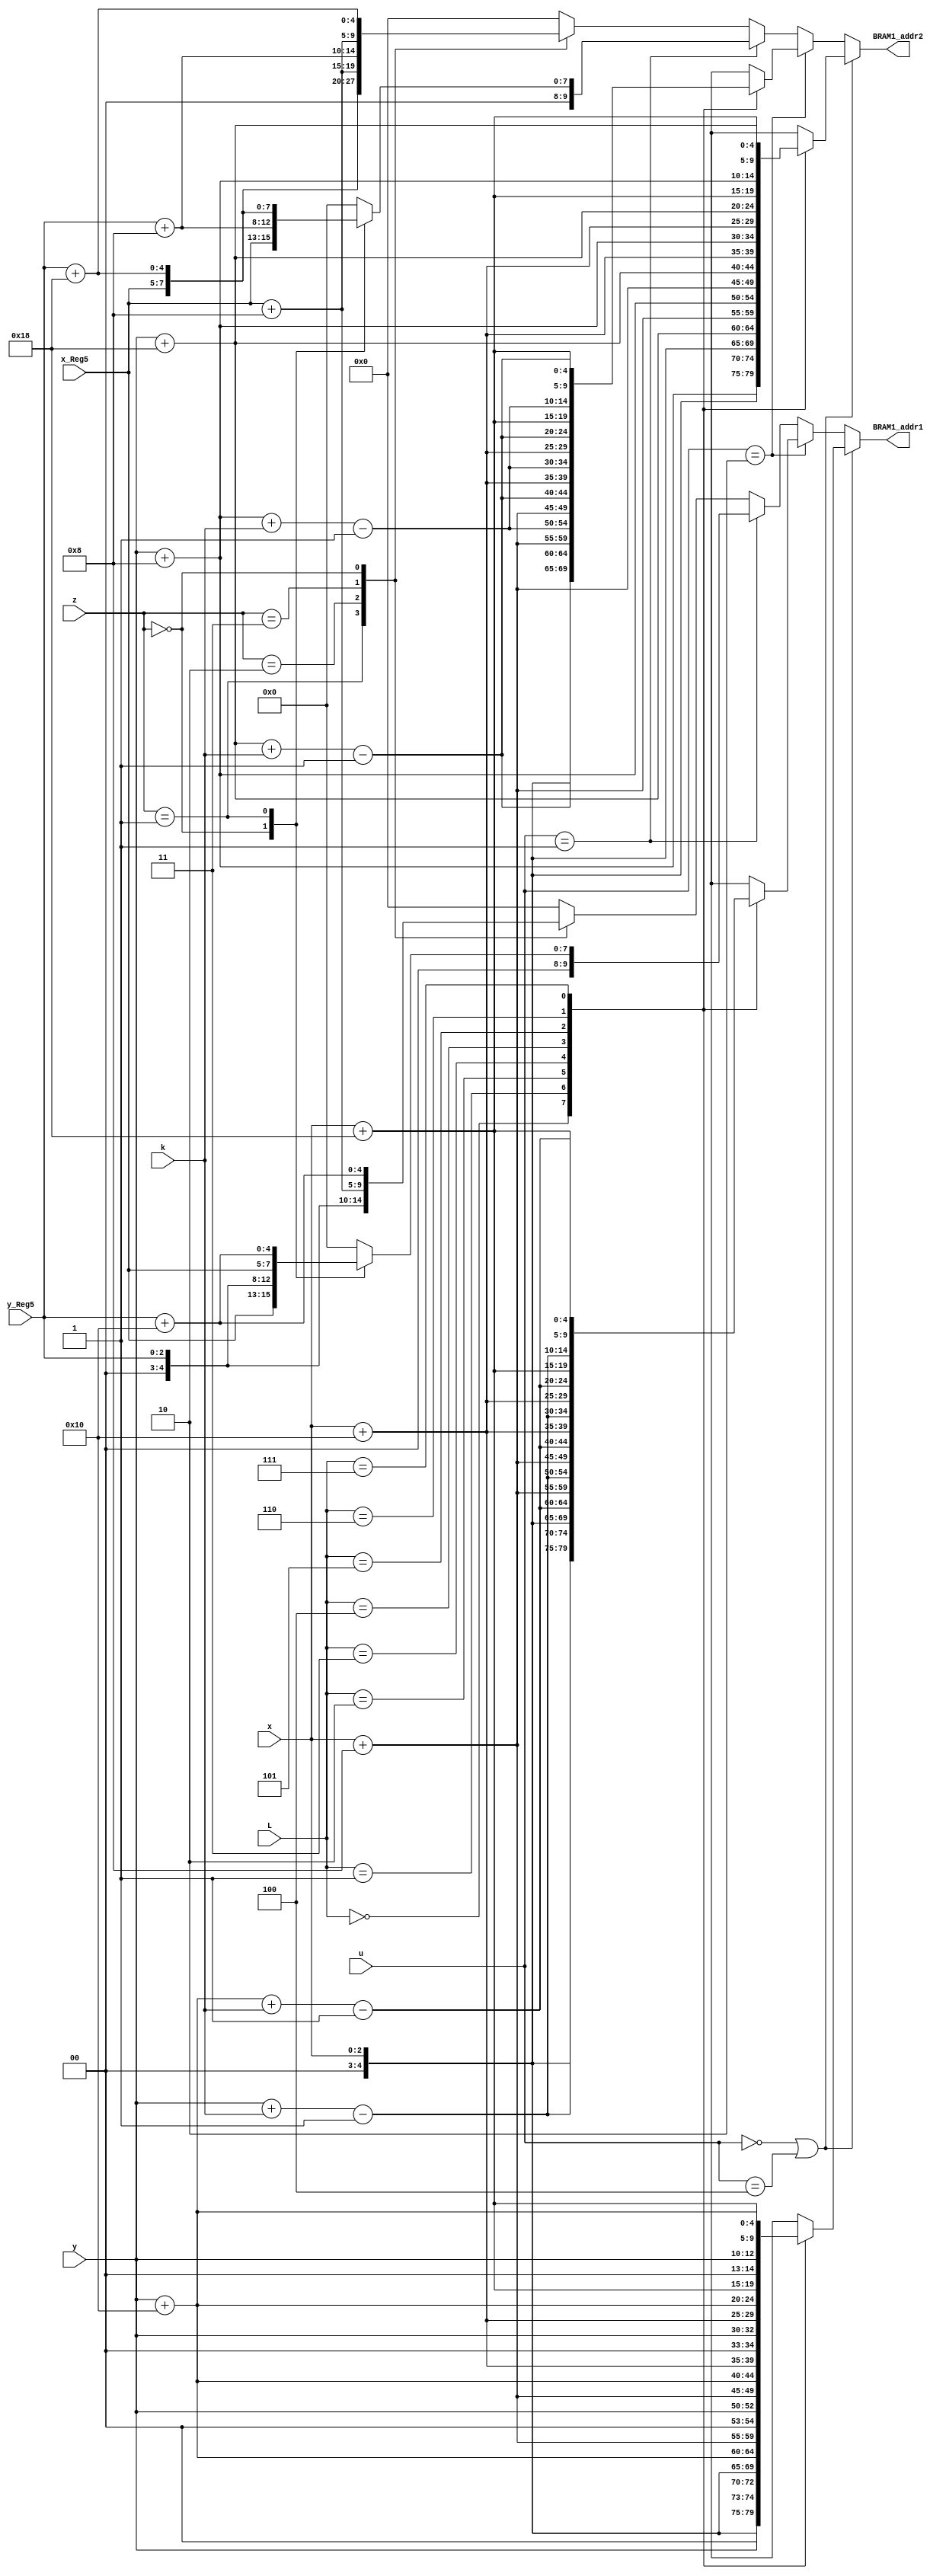
module BRAM1_addr_L10(BRAM1_addr1,BRAM1_addr2,L,x_Reg5,y_Reg5,x,y,u,k,z);
output reg[9:0] BRAM1_addr1,BRAM1_addr2;
input [2:0] x_Reg5,y_Reg5,x,y;
wire [4:0] X_5bits,Y_5bits,XREG_5bits,YREG_5bits;
assign X_5bits={2'b00,x};
assign Y_5bits={2'b00,y};
assign XREG_5bits={2'b0,x_Reg5};
assign YREG_5bits={2'b0,y_Reg5};
input [2:0] L;
input [1:0] k;
input [2:0] u,z;



always @ (*)
	begin
	if (u==0 ||u==4)
		case (L)
				0: begin  BRAM1_addr1={X_5bits,Y_5bits}; 			             BRAM1_addr2={X_5bits,Y_5bits+5'b01000}; 				        end
				1: begin  BRAM1_addr1={X_5bits,Y_5bits+5'b10000}; 	          BRAM1_addr2={X_5bits,Y_5bits+5'b11000}; 				        end
				
				2: begin  BRAM1_addr1={X_5bits+5'b01000,Y_5bits}; 			    BRAM1_addr2={X_5bits+5'b01000,Y_5bits+5'b01000}; 		    end
				3: begin  BRAM1_addr1={X_5bits+5'b01000,Y_5bits+5'b10000}; 	 BRAM1_addr2={X_5bits+5'b01000,Y_5bits+5'b11000}; 		    end
				
			   4: begin  BRAM1_addr1={X_5bits+5'b10000,Y_5bits}; 	          BRAM1_addr2={X_5bits+5'b10000,Y_5bits+5'b01000};             end
				5: begin  BRAM1_addr1={X_5bits+5'b10000,Y_5bits+5'b10000}; 	 BRAM1_addr2={X_5bits+5'b10000,Y_5bits+5'b11000};		        end
				
				6: begin  BRAM1_addr1={X_5bits+5'b11000,Y_5bits}; 			    BRAM1_addr2={X_5bits+5'b11000,Y_5bits+5'b01000}; 		    end
				7: begin  BRAM1_addr1={X_5bits+5'b11000,Y_5bits+5'b10000}; 	 BRAM1_addr2={X_5bits+5'b11000,Y_5bits+5'b11000}; 		    end
				
		endcase
	
	else if (u==2)
		case (L)
				0: begin  BRAM1_addr1={X_5bits,Y_5bits+k-5'b00001}; 			             BRAM1_addr2={X_5bits,Y_5bits+5'b01000+k-5'b00001}; 				        end
				1: begin  BRAM1_addr1={X_5bits,Y_5bits+5'b10000+k-5'b00001}; 	          BRAM1_addr2={X_5bits,Y_5bits+5'b11000+k-5'b00001}; 				        end
				
				2: begin  BRAM1_addr1={X_5bits+5'b01000,Y_5bits+k-5'b00001}; 			    BRAM1_addr2={X_5bits+5'b01000,Y_5bits+5'b01000+k-5'b00001}; 		    end
				3: begin  BRAM1_addr1={X_5bits+5'b01000,Y_5bits+5'b10000+k-5'b00001}; 	 BRAM1_addr2={X_5bits+5'b01000,Y_5bits+5'b11000+k-5'b00001}; 		    end
				
			   4: begin  BRAM1_addr1={X_5bits+5'b10000,Y_5bits+k-5'b00001}; 	          BRAM1_addr2={X_5bits+5'b10000,Y_5bits+5'b01000+k-5'b00001};             end
				5: begin  BRAM1_addr1={X_5bits+5'b10000,Y_5bits+5'b10000+k-5'b00001}; 	 BRAM1_addr2={X_5bits+5'b10000,Y_5bits+5'b11000+k-5'b00001};		        end
				
				6: begin  BRAM1_addr1={X_5bits+5'b11000,Y_5bits+k-5'b00001}; 			    BRAM1_addr2={X_5bits+5'b11000,Y_5bits+5'b01000+k-5'b00001}; 		    end
				7: begin  BRAM1_addr1={X_5bits+5'b11000,Y_5bits+5'b10000+k-5'b00001}; 	 BRAM1_addr2={X_5bits+5'b11000,Y_5bits+5'b11000+k-5'b00001}; 		    end
				
		endcase
	
	else if (u==1)
		case(z)
			    0: begin  BRAM1_addr1={XREG_5bits,YREG_5bits}; 			         BRAM1_addr2={XREG_5bits,YREG_5bits+5'b01000}; 				        end
				1: begin  BRAM1_addr1={XREG_5bits,YREG_5bits+5'b10000};          BRAM1_addr2={XREG_5bits,YREG_5bits+5'b11000}; 				        end
				
				//3: begin  BRAM1_addr1={XREG_5bits+5'b01000,YREG_5bits}; 		       BRAM1_addr2={XREG_5bits+5'b01000,YREG_5bits+5'b01000}; 		end
				//0: begin  BRAM1_addr1={XREG_5bits+5'b01000,YREG_5bits+5'b10000}; 	   BRAM1_addr2={XREG_5bits+5'b01000,YREG_5bits+5'b11000}; 	    end	
				default begin BRAM1_addr1=0; BRAM1_addr2=0;	 end 
		endcase
		
	else
		case(z)
			 1: begin  BRAM1_addr1={XREG_5bits,YREG_5bits}; 			    BRAM1_addr2={XREG_5bits,YREG_5bits+5'b01000}; 			   end
			 2: begin  BRAM1_addr1={XREG_5bits,YREG_5bits+5'b10000}; 	    BRAM1_addr2={XREG_5bits,YREG_5bits+5'b11000}; 	    	   end
			 
			 3: begin  BRAM1_addr1={XREG_5bits+5'b01000,YREG_5bits}; 		       BRAM1_addr2={XREG_5bits+5'b01000,YREG_5bits+5'b01000}; 		end
			 0: begin  BRAM1_addr1={XREG_5bits+5'b01000,YREG_5bits+5'b10000}; 	   BRAM1_addr2={XREG_5bits+5'b01000,YREG_5bits+5'b11000}; 	    end
			 default begin BRAM1_addr1=0; BRAM1_addr2=0;	 end 
		endcase


	end




endmodule